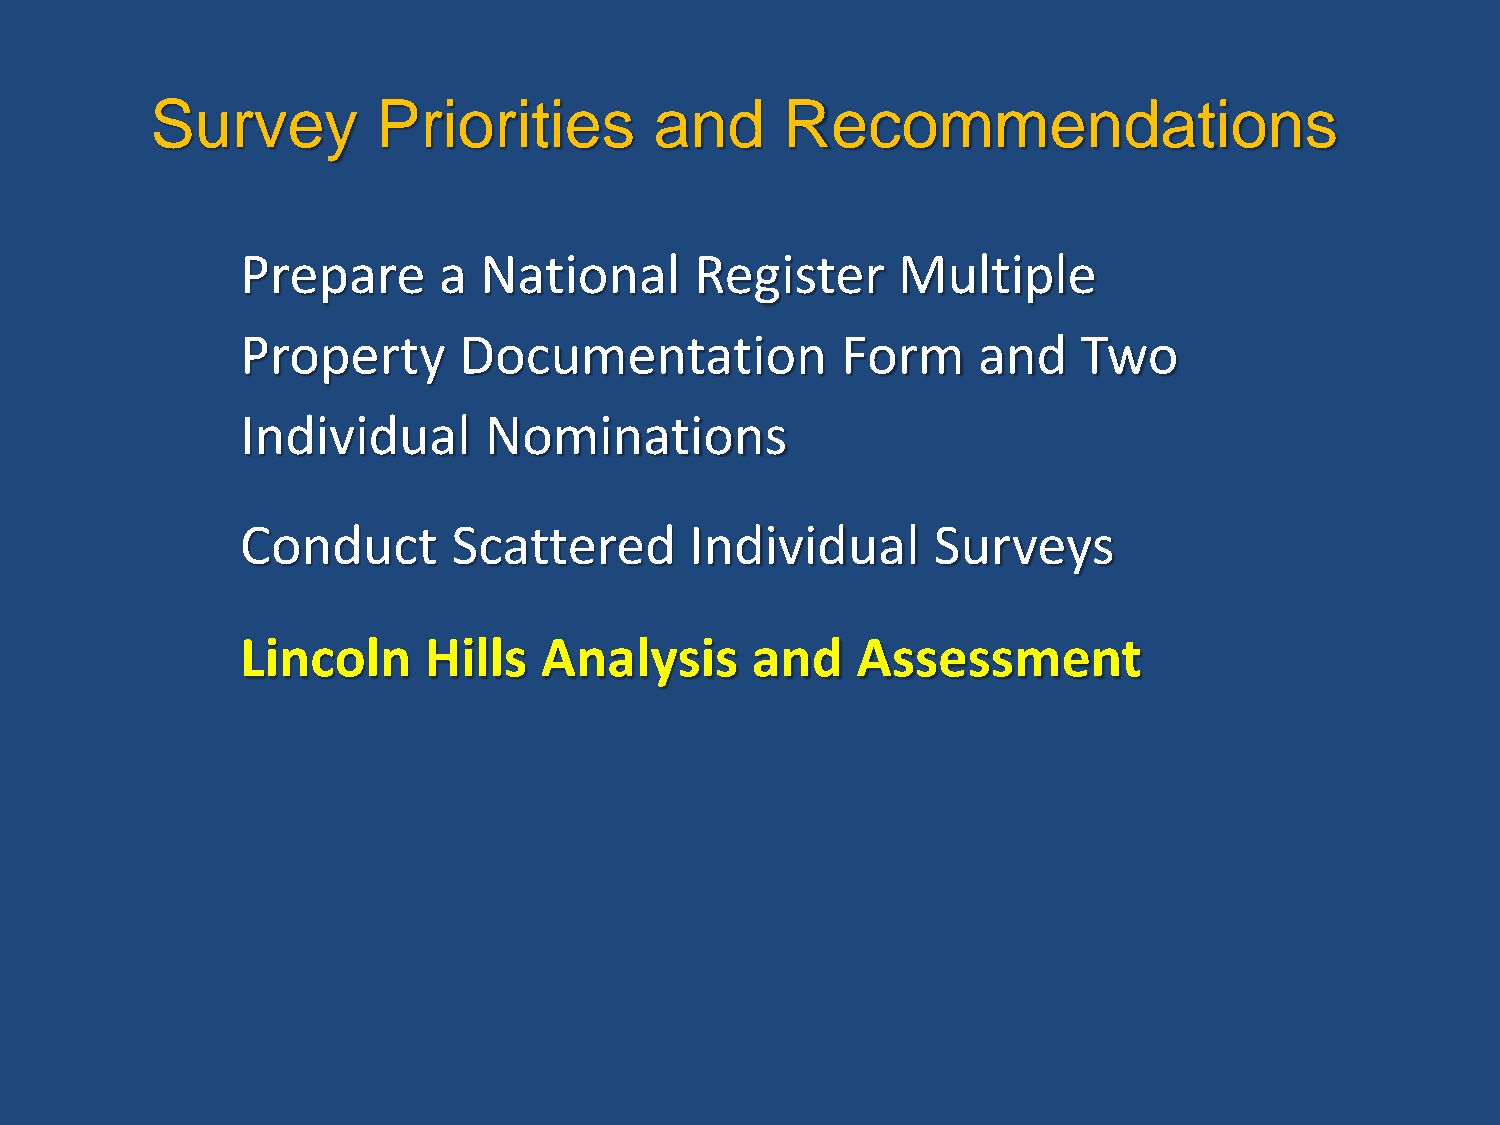
Survey         Priorities        and      Recommendations
 Prepare      a  National      Register     Multiple
 Property      Documentation             Form     and    Two
 Individual      Nominations
 Conduct       Scattered       Individual      Surveys
 Lincoln     Hills   Analysis      and    Assessment